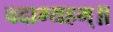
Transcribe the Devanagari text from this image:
वदाम्यहम्॥